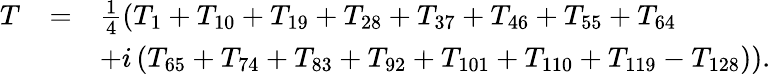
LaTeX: \begin{array}{lcl}{{T_{\scriptscriptstyle}}}&{{=}}&{{\frac{1}{4}\left(T_{1}+T_{10}+T_{19}+T_{28}+T_{37}+T_{46}+T_{55}+T_{64}\right.}}\\ {{}}&{{}}&{{\left.+i\left(T_{65}+T_{74}+T_{83}+T_{92}+T_{101}+T_{110}+T_{119}-T_{128}\right)\right).}}\end{array}